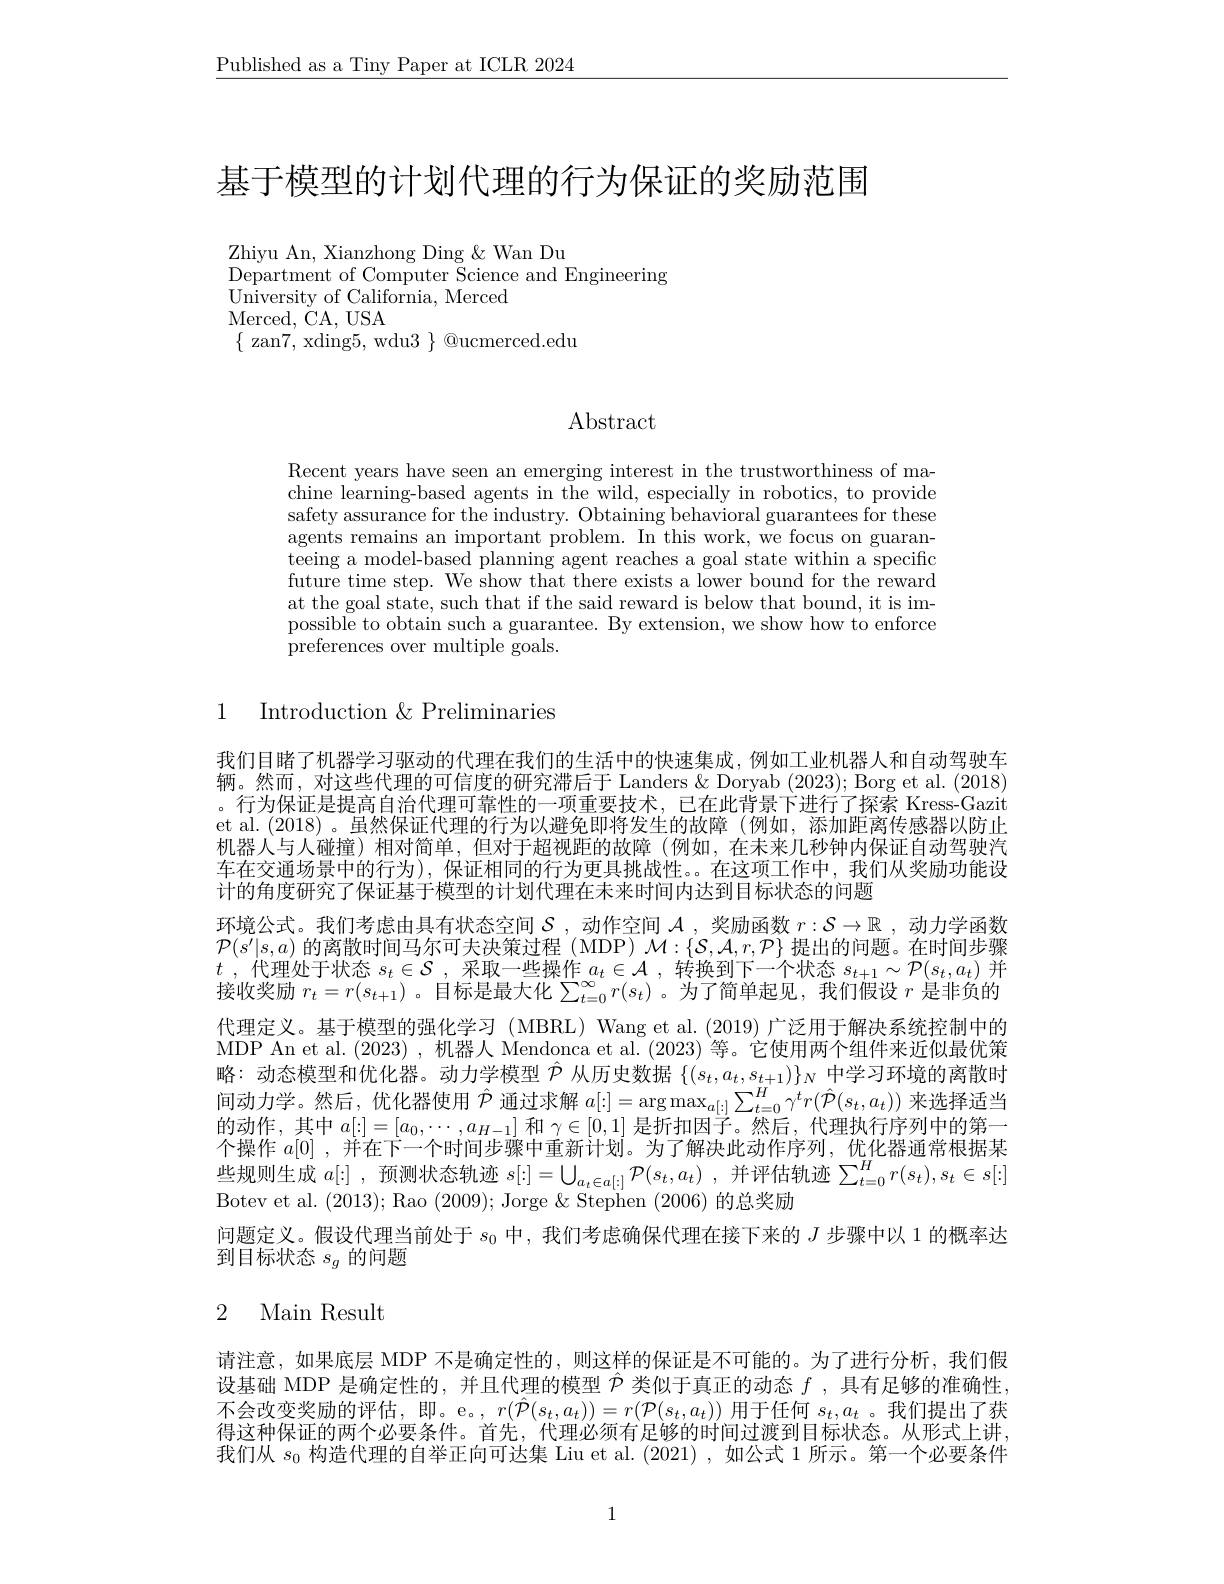
$\underline{\text{Published as a Tiny Paper at ICLR 2024}}$

基于模型的计划代理的行为保证的奖励范围

Zhiyu An, Xianzhong Ding $\&$ Wan Du
Department of Computer Science and Engineering
$\dot{\text{University of California, Merced}}$
Merced, CA, USA
$\{$ zan7, xding5, wdu3 $\}$ @ucmerced.edu

$\operatorname{Abstract}$

Recent years have seen an emerging interest in the trustworthiness of machine learning-based agents in the wild, especially in robotics, to provide safety assurance for the industry. Obtaining behavioral guarantees for these agents remains an important problem. In this work, we focus on guaranteeing a model-based planning agent reaches a goal state within a specific future time step. We show that there exists a lower bound for the reward at the goal state, such that if the said reward is below that bound, it is impossible to obtain such a guarantee. By extension, we show how to enforce ${\mathrm{preferences~over~multiple~goals.}}$

1 Introduction $\&$Preliminaries

我们目睹了机器学习驱动的代理在我们的生活中的快速集成，例如工业机器人和自动驾驶车辆。然而，对这些代理的可信度的研究滞后于 Landers & Doryab (2023); Borg et al. (2018) 。行为保证是提高自治代理可靠性的一项重要技术，已在此背景下进行了探索 Kress-Gazit et al.(2018) 。虽然保证代理的行为以避免即将发生的故障(例如，添加距离传感器以防止机器人与人碰撞)相对简单，但对于超视距的故障(例如，在未来几秒钟内保证自动驾驶汽车在交通场景中的行为), 保证相同的行为更具挑战性。。在这项工作中，我们从奖励功能设计的角度研究了保证基于模型的计划代理在未来时间内达到目标状态的问题
环境公式。我们考虑由具有状态空间$\mathcal{S}$ ,动作空间$\mathcal{A}$ ,奖励函数$r:\mathcal{S}\to\mathbb{R}$ ,动力学函数$\mathcal{P}(s^{\prime}|s,a)$的离散时间马尔可夫决策过程 (MDP) $\mathcal{M}:\{\mathcal{S},\mathcal{A},r,\mathcal{P}\}$提出的问题。在时间步骤$t$ , 代理处于状态 $s_t\in \mathcal{S}$ , 采取一些操作 $a_t\in \mathcal{A}$ , 转换到下一个状态 $s_t+1\sim\mathcal{P}(s_t,a_t)$ 并接收奖励$r_t=r(s_{t+1})$ 。目标是最大化$\sum_t=0^\infty r(s_t)$ 。为了简单起见，我们假设$r$是非负的代理定义。基于模型的强化学习(MBRL) Wang et al.(2019) 广泛用于解决系统控制中的MDP An et al. (2023) ,机器人 Mendonca et al. (2023)等。它使用两个组件来近似最优策略：动态模型和优化器。动力学模型$\hat{\mathcal{P}}$从历史数据$\{(s_t,a_t,s_{t+1})\}_N$中学习环境的离散时间动力学。然后，优化器使用$\hat{\mathcal{P}}$通过求解$a[:]=\arg\max_a[:]\sum_{t=0}^H\gamma^tr(\hat{\mathcal{P}}(s_t,a_t))$来选择适当的动作，其中$a[:]=[a_0,\cdots,a_{H-1}]$和$\gamma\in[0,1]$是折扣因子。然后，代理执行序列中的第一个操作$a[0]$ ,并在下一个时间步骤中重新计划。为了解决此动作序列，优化器通常根据某些规则生成$a[:]$ ,预测状态轨迹$s[ : ] = \bigcup _{a_t\in a[ : ] }\mathcal{P} ( s_t, a_t)$ ,并评估轨迹$\sum_t=0^Hr(s_t),s_t\in s[:]$ Botev et al. (2013); Rao (2009); Jorge &Stephen (2006)的总奖励
问题定义。假设代理当前处于$s_0$中，我们考虑确保代理在接下来的$J$步骤中以 1 的概率达
到目标状态$s_g$的问题

# 2 Main Result

请注意，如果底层 MDP 不是确定性的，则这样的保证是不可能的。为了进行分析，我们假设基础 MDP 是确定性的，并且代理的模型$\hat{\mathcal{P}}$类似于真正的动态$f$ ,具有足够的准确性， 不会改变奖励的评估，即。e。, $r(\hat{\mathcal{P}}(s_t,a_t))=r(\mathcal{P}(s_t,a_t))$用于任何$s_t,a_t$ 。我们提出了获得这种保证的两个必要条件。首先，代理必须有足够的时间过渡到目标状态。从形式上讲， 我们从$s_0$构造代理的自举正向可达集 Liu et al.(2021) ,如公式 1 所示。第一个必要条件

1